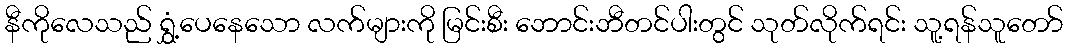
နီကိုလေသည် ရွှံ့ပေနေသော လက်များကို မြင်းစီး ဘောင်းဘီတင်ပါးတွင် သုတ်လိုက်ရင်း သူ့ရန်သူတော်